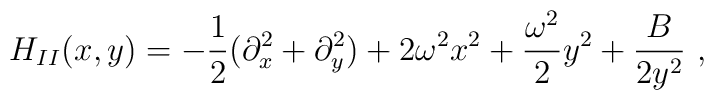
H_{II}(x,y) = - \frac{1}{2}(\partial^2_x + \partial^2_y) + 2 \omega^2 x^2 +\frac{\omega^2}{2} y^2 + \frac{B}{2 y^2}\ ,